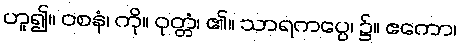
ဟူ၍။ ဝစနံ၊ ကို။ ဝုတ္တံ၊ ၏။ သာရကပ္ပေ၊ ၌။ ဧကော၊